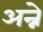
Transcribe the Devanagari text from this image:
अन्ने